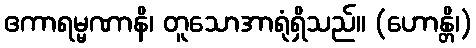
ဧကာရမ္မဏာနိ၊ တူသောအာရုံရှိသည်။ (ဟောန္တိ၊)